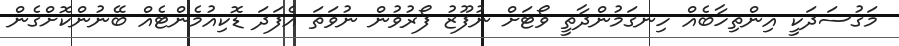
މަގުސަދަކީ އިންތިހާބެއް ހިނގަމުންދާތީ ވޯޓަށް ނުފޫޒު ފޯރުވުން ނުވަތަ އެފަދަ ޑޮކިއުމެންޓެއް ބޭނުންކޮށްގެން